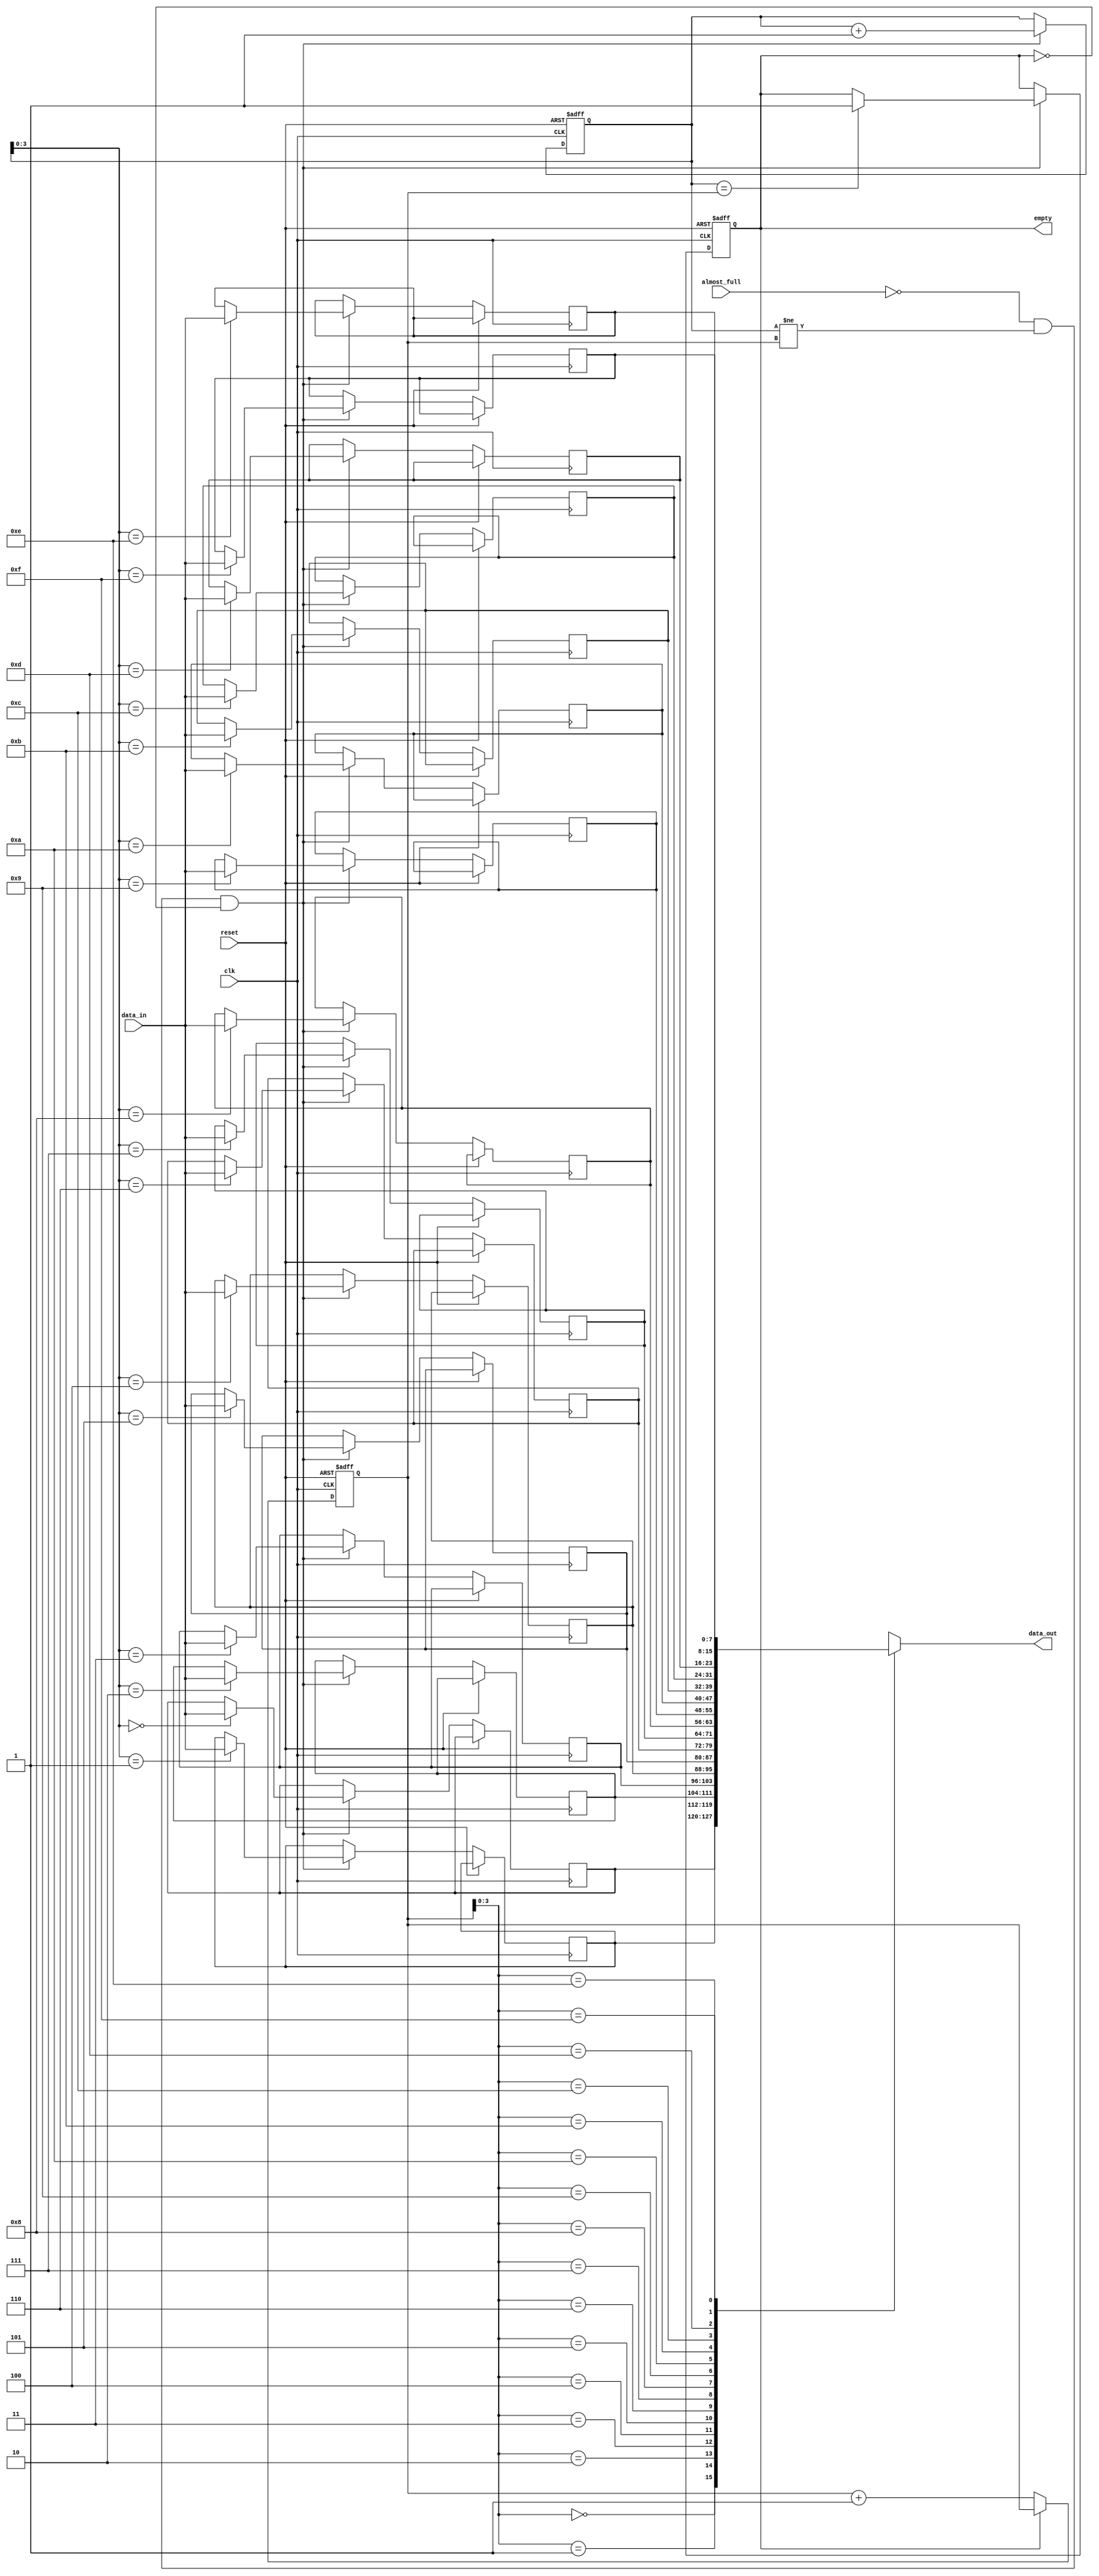
module almost_full_fifo (
    input wire [DATA_WIDTH-1:0] data_in,
    input wire clk,
    input wire reset,
    input wire almost_full,
    output reg [DATA_WIDTH-1:0] data_out,
    output reg empty
);

parameter DATA_WIDTH = 8;
parameter FIFO_DEPTH = 16;

reg [DATA_WIDTH-1:0] fifo [0:FIFO_DEPTH-1];
reg [4:0] read_ptr = 0;
reg [4:0] write_ptr = 0;

always @(posedge clk or posedge reset) begin
    if (reset) begin
        read_ptr <= 0;
        write_ptr <= 0;
        empty <= 1'b1;
    end else begin
        if (almost_full) begin
            // Trigger synchronization process
            // Add control logic here if needed
        end
        if (!empty) begin
            read_ptr <= read_ptr + 1;
        end
        if (!almost_full && (write_ptr != read_ptr) && !empty) begin
            fifo[write_ptr] <= data_in;
            write_ptr <= write_ptr + 1;
            if (write_ptr == read_ptr) begin
                empty <= 1'b1;
            end
        end
    end
end

assign data_out = fifo[read_ptr];

endmodule